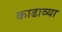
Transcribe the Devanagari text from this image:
काढाव्या